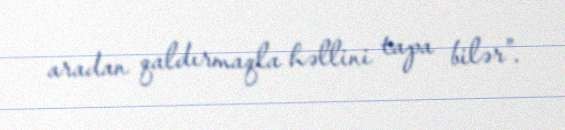
aradan qaldırmaqla həllini tapa bilər”.